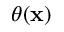
\theta ( \mathbf x )